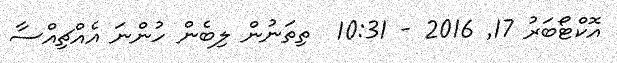
އޮކްޓޯބަރު 17